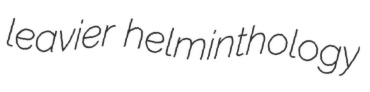
leavier helminthology